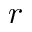
r